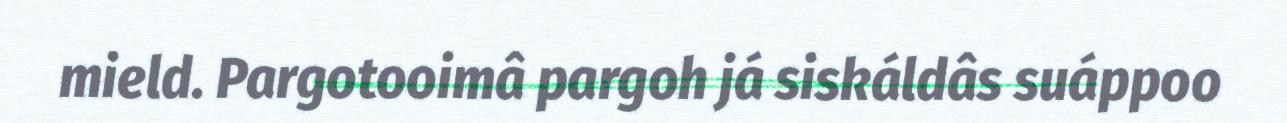
mield. Pargotooimâ pargoh já siskáldâs suáppoo